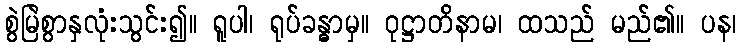
စွဲမြဲစွာနှလုံးသွင်း၍။ ရူပါ၊ ရုပ်ခန္ဓာမှ။ ဝုဋ္ဌာတိနာမ၊ ထသည် မည်၏။ ပန၊